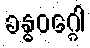
ခန္ဓဝဂ္ဂေါ